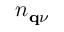
n _ { \mathbf { q } \nu }